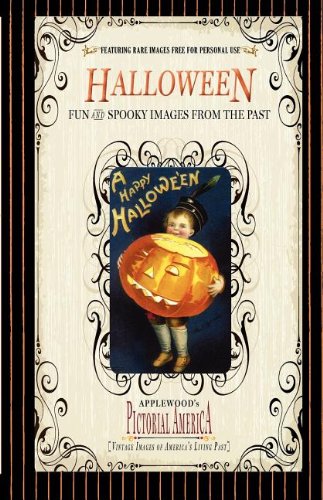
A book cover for Halloween (Pic Am-old): Vintage Images of America's Living Past (Pictorial America); Politics & Social Sciences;